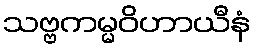
သဗ္ဗကမ္မဝိဟာယီနံ